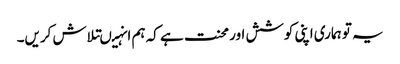
یہ تو ہماری اپنی کوشش اور محنت ہے کہ ہم انہیںتلاش کریں۔